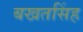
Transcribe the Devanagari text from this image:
बखतसिंह